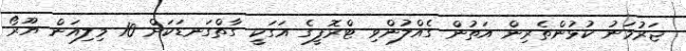
ޖަރުމަނު ކުޅުންތެރިން އަތުން ގެއްލުންވި ޓްރޮފީގެ އަގަކީ ގާތްގަނޑަކަށް 10 މިލިއަން ޔޫރޯ